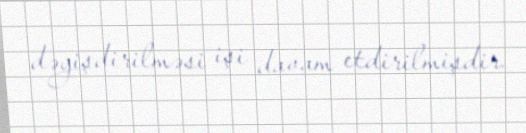
dəyişdirilməsi işi davam etdirilmişdir.